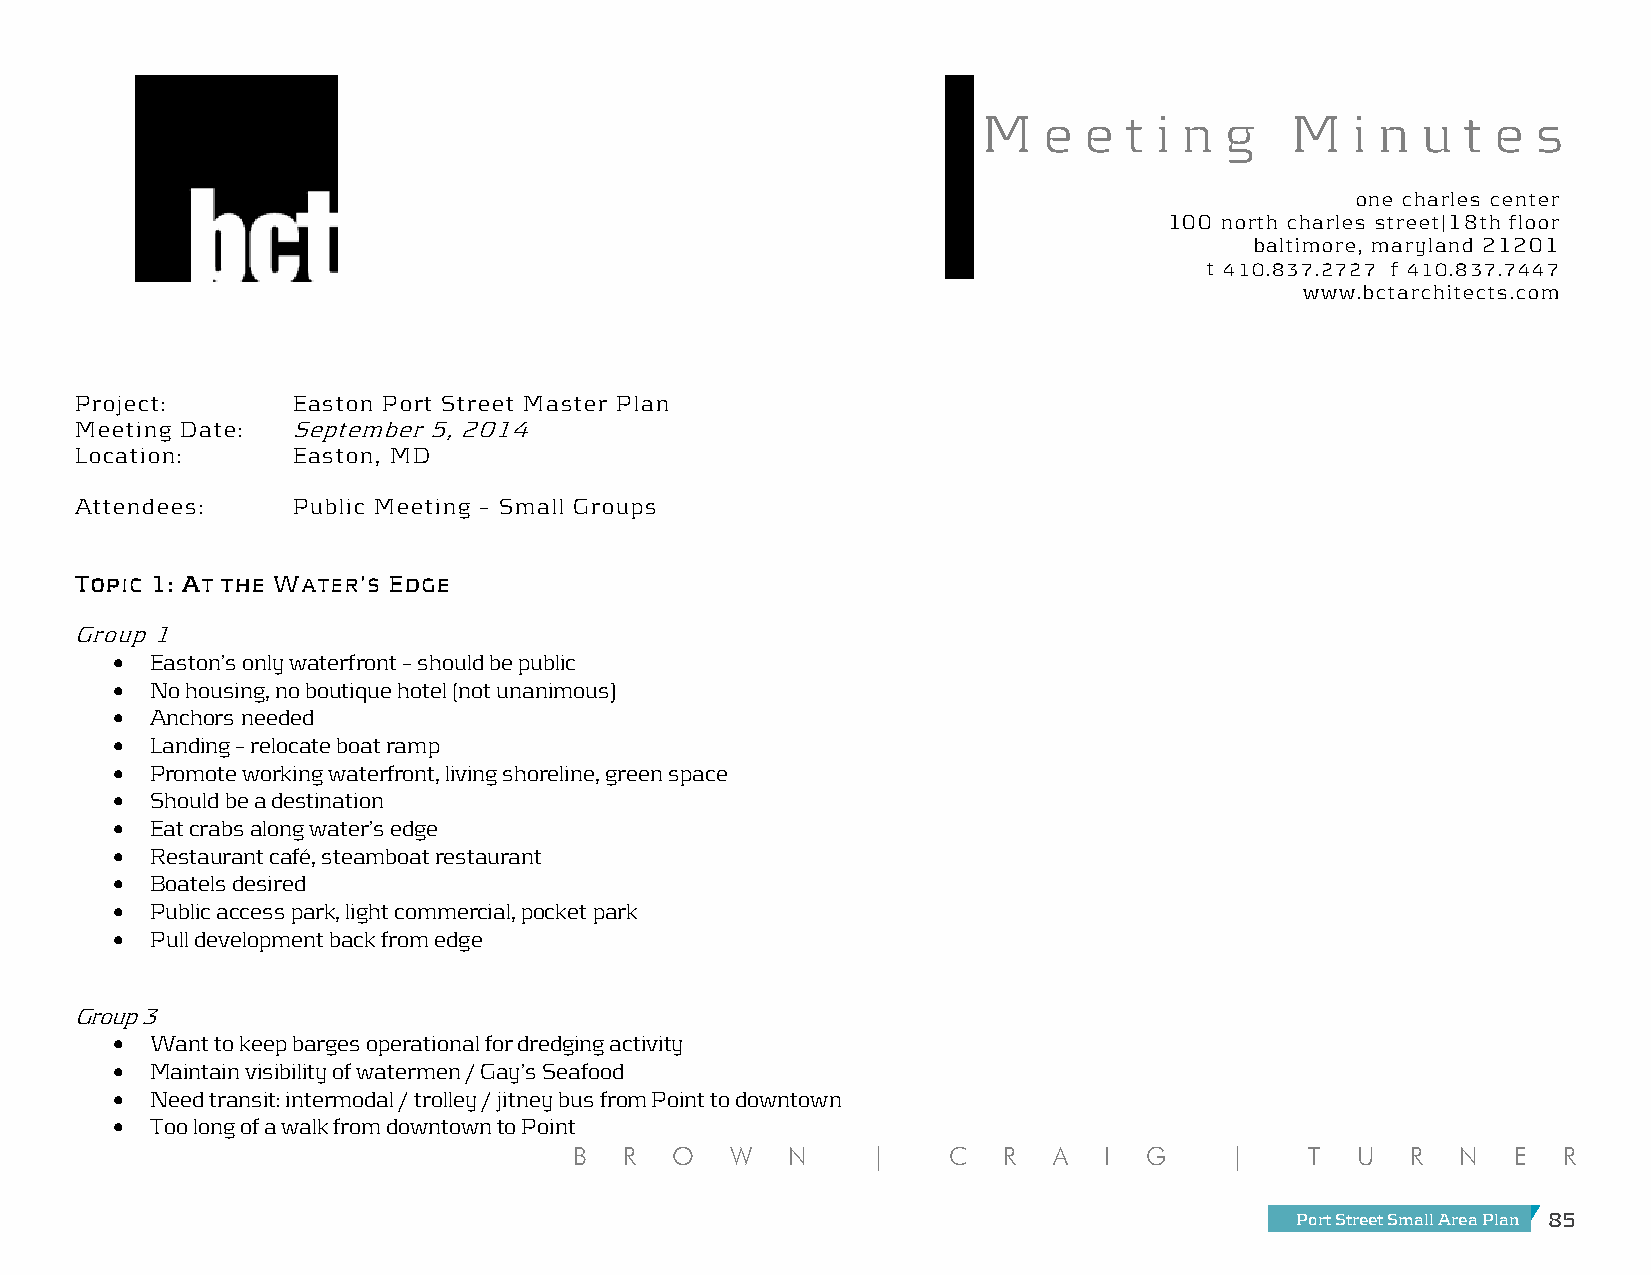
M   e  e t  i n g   M    i n u  t e  s
 one charles center
 100 north charles street|18th floor
 baltimore, maryland 21201
 t 410.837.2727 f 410.837.7447
 www.bctarchitects.com
 Project:      Easton Port Street Master Plan
 Meeting Date: September 5, 2014
 Location:     Easton, MD
 Attendees:    Public Meeting – Small Groups
 TTTTOOOOPPPPIIIICCCC 1111:::: AAAATTTT TTTTHHHHEEEE WWWWAAAATTTTEEEERRRR’’’’SSSS EEEEDDDDGGGGEEEE
 Group 1
 •  Easton’s only waterfront – should be public
 •  No housing, no boutique hotel (not unanimous)
 •  Anchors needed
 •  Landing – relocate boat ramp
 •  Promote working waterfront, living shoreline, green space
 •  Should be a destination
 •  Eat crabs along water’s edge
 •  Restaurant café, steamboat restaurant
 •  Boatels desired
 •  Public access park, light commercial, pocket park
 •  Pull development back from edge
 Group 3
 •  Want to keep barges operational for dredging activity
 •  Maintain visibility of watermen / Gay’s Seafood
 •  Need transit: intermodal / trolley / jitney bus from Point to downtown
 •  Too long of a walk from downtown to Point
 B  R  O   W   N     |    C  R   A  I  G    |     T  U  R   N  E  R
 Port Street Small Area Plan 85